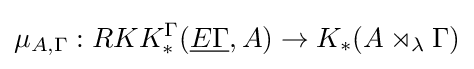
\mu _{A,\Gamma }:RKK_{*}^{\Gamma }({\underline {E\Gamma }},A)\to K_{*}(A\rtimes _{\lambda }\Gamma )